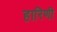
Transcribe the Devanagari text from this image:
हारिणी